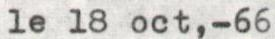
1e 18 oct,-66